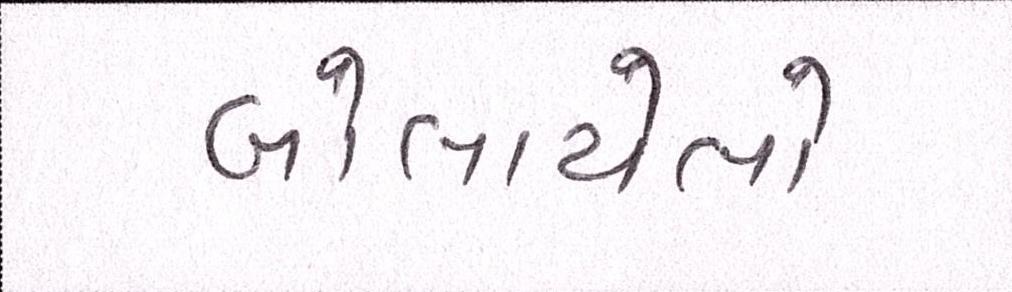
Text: બોલાયેલો